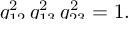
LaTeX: \smash { q _ { 1 2 } ^ { 2 } \, q _ { 1 3 } ^ { 2 } \, q _ { 2 3 } ^ { 2 } } = 1 .